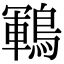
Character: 鶤